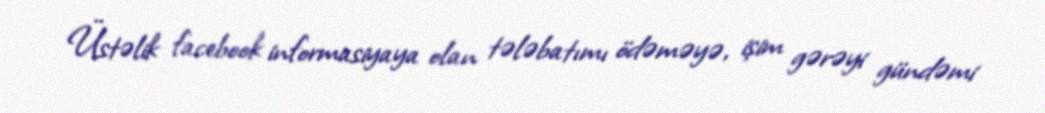
Üstəlik facebook informasiyaya olan tələbatımı ödəməyə, işim gərəyi gündəmi